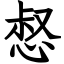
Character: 惄